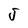
Character: J